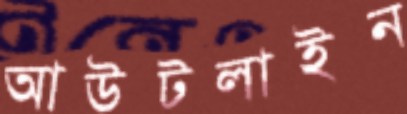
আউটলাইন